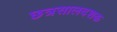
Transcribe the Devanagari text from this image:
छत्रसालदशक